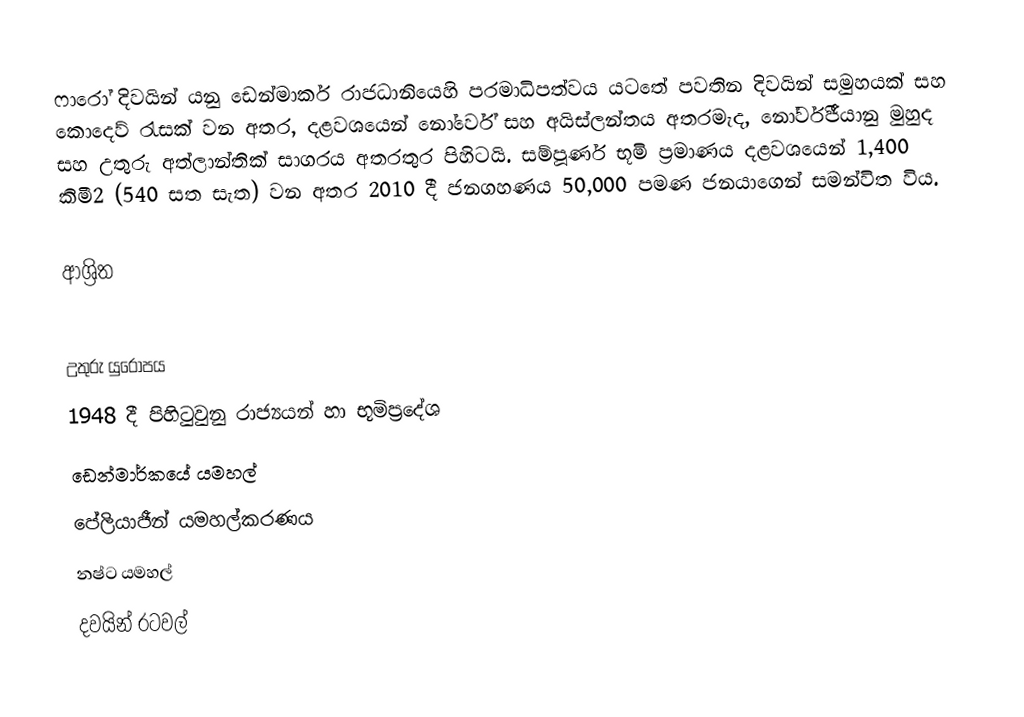
ෆාරෝ දිවයින් යනු ඩෙන්මාර්ක රාජධානියෙහි  පරමාධිපත්වය යටතේ පවතින දිවයින් සමුහයක් සහ කොදෙව් රැසක් වන අතර, දළවශයෙන් නෝර්වේ සහ අයිස්ලන්තය අතරමැද,  නෝර්විජීයානු මුහුද සහ උතුරු අත්ලාන්තික් සාගරය අතරතුර පිහිටයි. සම්පූර්ණ භූමි ප්‍රමාණය දළවශයෙන් 1,400 කිමී2 (540 සත සැත) වන අතර 2010 දී ජනගහණය 50,000 පමණ ජනයාගෙන් සමන්විත විය.

ආශ්‍රිත

උතුරු යුරෝපය
1948 දී පිහිටුවුනු රාජ්‍යයන් හා භූමිප්‍රදේශ
ඩෙන්මාර්කයේ යමහල්
පේලියාජීන් යමහල්කරණය
නෂ්ට යමහල්
දවයින් රටවල්